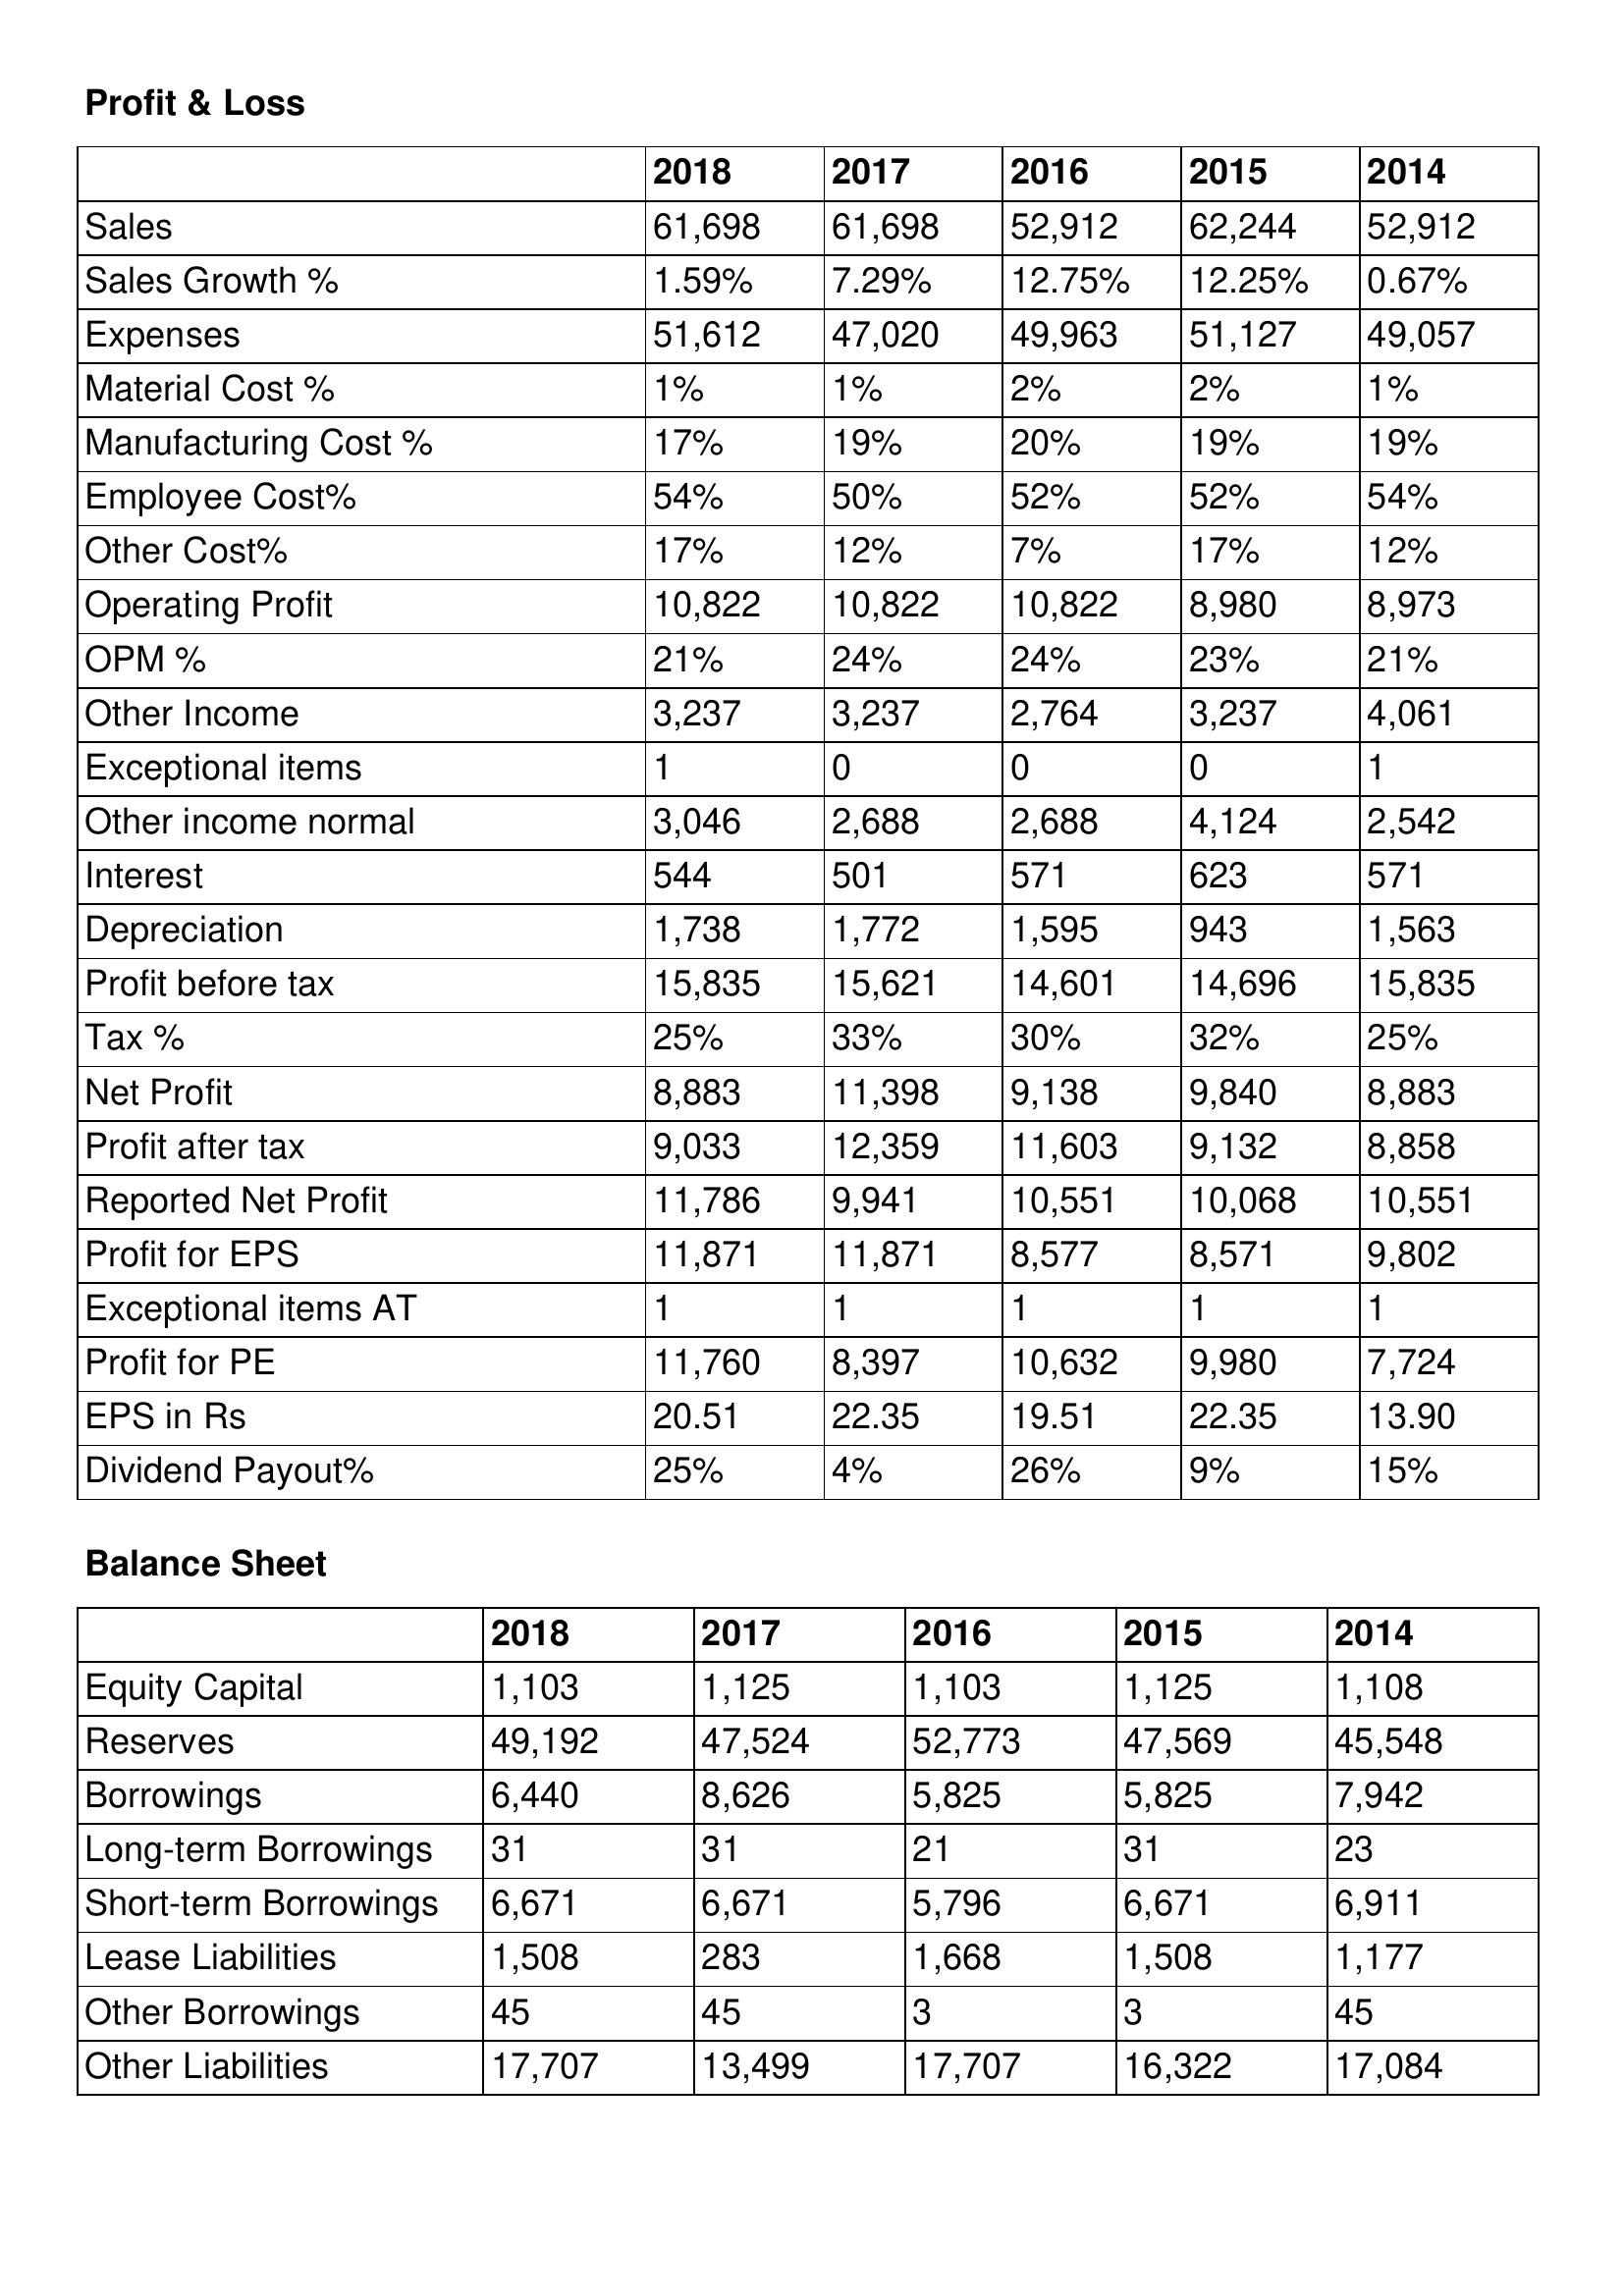
gt_parse: 2018: Profit & Loss: Sales: 61,698
Sales Growth %: 1.59%
Expenses: 51,612
Material Cost %: 1%
Manufacturing Cost %: 17%
Employee Cost%: 54%
Other Cost%: 17%
Operating Profit: 10,822
OPM %: 21%
Other Income: 3,237
Exceptional items: 1
Other income normal: 3,046
Interest: 544
Depreciation: 1,738
Profit before tax: 15,835
Tax %: 25%
Net Profit: 8,883
Profit after tax: 9,033
Reported Net Profit: 11,786
Profit for EPS: 11,871
Exceptional items AT: 1
Profit for PE: 11,760
EPS in Rs: 20.51
Dividend Payout%: 25%
Balance Sheet: Equity Capital: 1,103
Reserves: 49,192
Borrowings: 6,440
Long-term Borrowings: 31
Short-term Borrowings: 6,671
Lease Liabilities: 1,508
Other Borrowings: 45
Other Liabilities: 17,707
2017: Profit & Loss: Sales: 61,698
Sales Growth %: 7.29%
Expenses: 47,020
Material Cost %: 1%
Manufacturing Cost %: 19%
Employee Cost%: 50%
Other Cost%: 12%
Operating Profit: 10,822
OPM %: 24%
Other Income: 3,237
Exceptional items: 0
Other income normal: 2,688
Interest: 501
Depreciation: 1,772
Profit before tax: 15,621
Tax %: 33%
Net Profit: 11,398
Profit after tax: 12,359
Reported Net Profit: 9,941
Profit for EPS: 11,871
Exceptional items AT: 1
Profit for PE: 8,397
EPS in Rs: 22.35
Dividend Payout%: 4%
Balance Sheet: Equity Capital: 1,125
Reserves: 47,524
Borrowings: 8,626
Long-term Borrowings: 31
Short-term Borrowings: 6,671
Lease Liabilities: 283
Other Borrowings: 45
Other Liabilities: 13,499
2016: Profit & Loss: Sales: 52,912
Sales Growth %: 12.75%
Expenses: 49,963
Material Cost %: 2%
Manufacturing Cost %: 20%
Employee Cost%: 52%
Other Cost%: 7%
Operating Profit: 10,822
OPM %: 24%
Other Income: 2,764
Exceptional items: 0
Other income normal: 2,688
Interest: 571
Depreciation: 1,595
Profit before tax: 14,601
Tax %: 30%
Net Profit: 9,138
Profit after tax: 11,603
Reported Net Profit: 10,551
Profit for EPS: 8,577
Exceptional items AT: 1
Profit for PE: 10,632
EPS in Rs: 19.51
Dividend Payout%: 26%
Balance Sheet: Equity Capital: 1,103
Reserves: 52,773
Borrowings: 5,825
Long-term Borrowings: 21
Short-term Borrowings: 5,796
Lease Liabilities: 1,668
Other Borrowings: 3
Other Liabilities: 17,707
2015: Profit & Loss: Sales: 62,244
Sales Growth %: 12.25%
Expenses: 51,127
Material Cost %: 2%
Manufacturing Cost %: 19%
Employee Cost%: 52%
Other Cost%: 17%
Operating Profit: 8,980
OPM %: 23%
Other Income: 3,237
Exceptional items: 0
Other income normal: 4,124
Interest: 623
Depreciation: 943
Profit before tax: 14,696
Tax %: 32%
Net Profit: 9,840
Profit after tax: 9,132
Reported Net Profit: 10,068
Profit for EPS: 8,571
Exceptional items AT: 1
Profit for PE: 9,980
EPS in Rs: 22.35
Dividend Payout%: 9%
Balance Sheet: Equity Capital: 1,125
Reserves: 47,569
Borrowings: 5,825
Long-term Borrowings: 31
Short-term Borrowings: 6,671
Lease Liabilities: 1,508
Other Borrowings: 3
Other Liabilities: 16,322
2014: Profit & Loss: Sales: 52,912
Sales Growth %: 0.67%
Expenses: 49,057
Material Cost %: 1%
Manufacturing Cost %: 19%
Employee Cost%: 54%
Other Cost%: 12%
Operating Profit: 8,973
OPM %: 21%
Other Income: 4,061
Exceptional items: 1
Other income normal: 2,542
Interest: 571
Depreciation: 1,563
Profit before tax: 15,835
Tax %: 25%
Net Profit: 8,883
Profit after tax: 8,858
Reported Net Profit: 10,551
Profit for EPS: 9,802
Exceptional items AT: 1
Profit for PE: 7,724
EPS in Rs: 13.90
Dividend Payout%: 15%
Balance Sheet: Equity Capital: 1,108
Reserves: 45,548
Borrowings: 7,942
Long-term Borrowings: 23
Short-term Borrowings: 6,911
Lease Liabilities: 1,177
Other Borrowings: 45
Other Liabilities: 17,084